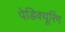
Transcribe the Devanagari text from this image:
पेडिक्यूरिंग